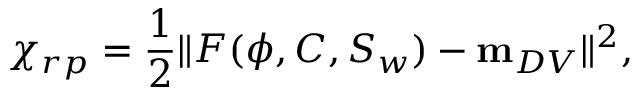
\chi _ { r p } = \frac { 1 } { 2 } \| F ( \phi , C , S _ { w } ) - \mathbf { m } _ { D V } \| ^ { 2 } ,